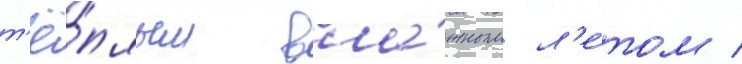
т'ё́плым вла́жным л'е́том /